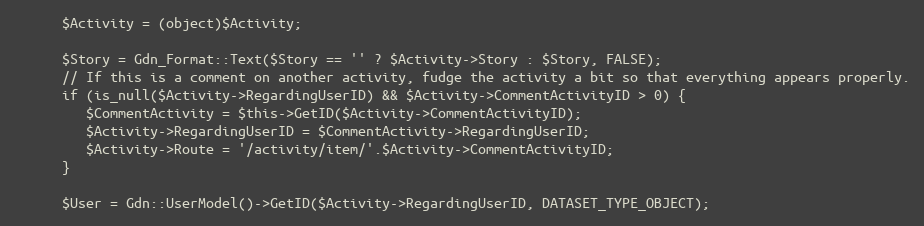
Language: PHP
      $Activity = (object)$Activity;

      $Story = Gdn_Format::Text($Story == '' ? $Activity->Story : $Story, FALSE);
      // If this is a comment on another activity, fudge the activity a bit so that everything appears properly.
      if (is_null($Activity->RegardingUserID) && $Activity->CommentActivityID > 0) {
         $CommentActivity = $this->GetID($Activity->CommentActivityID);
         $Activity->RegardingUserID = $CommentActivity->RegardingUserID;
         $Activity->Route = '/activity/item/'.$Activity->CommentActivityID;
      }

      $User = Gdn::UserModel()->GetID($Activity->RegardingUserID, DATASET_TYPE_OBJECT);